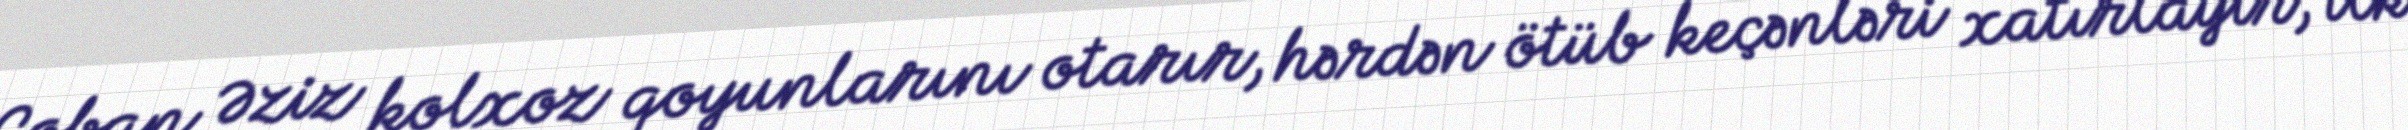
Çoban Əziz kolxoz qoyunlarını otarır, hərdən ötüb keçənləri xatırlayır, ilk